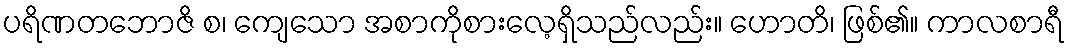
ပရိဏတဘောဇိ စ၊ ကျေသော အစာကိုစားလေ့ရှိသည်လည်း။ ဟောတိ၊ ဖြစ်၏။ ကာလစာရီ